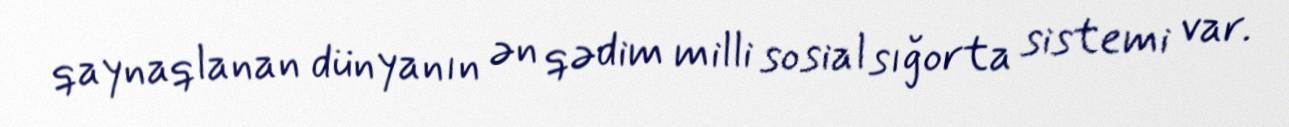
qaynaqlanan dünyanın ən qədim milli sosial sığorta sistemi var.